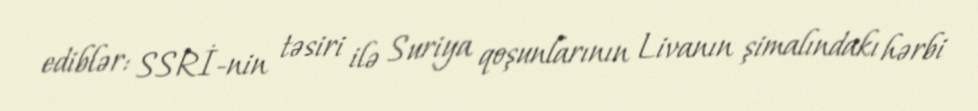
ediblər: SSRİ-nin təsiri ilə Suriya qoşunlarının Livanın şimalındakı hərbi